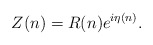
\begin{align*}Z(n) = R(n) e^{i\eta(n)}.\end{align*}